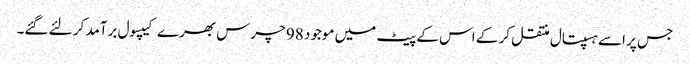
جس پر اسے ہسپتال منتقل کر کے اس کے پیٹ میں موجود 98 چرس بھرے کیپسول برآمد کر لئے گئے۔